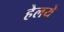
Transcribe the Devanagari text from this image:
हेलये